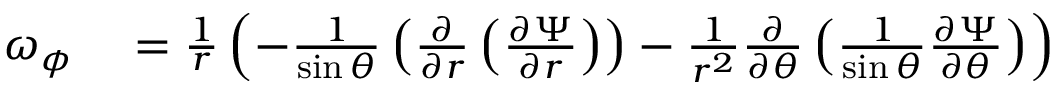
\begin{array} { r l } { \omega _ { \phi } } & { { } = { \frac { 1 } { r } } \left( - { \frac { 1 } { \sin \theta } } \left( { \frac { \partial } { \partial r } } \left( { \frac { \partial \Psi } { \partial r } } \right) \right) - { \frac { 1 } { r ^ { 2 } } } { \frac { \partial } { \partial \theta } } \left( { \frac { 1 } { \sin \theta } } { \frac { \partial \Psi } { \partial \theta } } \right) \right) } \end{array}